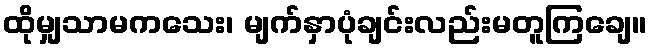
ထိုမျှသာမကသေး၊ မျက်နှာပုံချင်းလည်းမတူကြချေ။